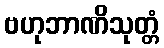
ဗဟုဘာဏိသုတ္တံ